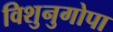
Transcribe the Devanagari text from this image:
विशुनुगोपा